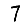
Digit: 7